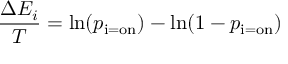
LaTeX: { \frac { \Delta E _ { i } } { T } } = \ln ( p _ { \mathrm { i = o n } } ) - \ln ( 1 - p _ { \mathrm { i = o n } } )